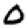
Digit: 0